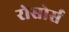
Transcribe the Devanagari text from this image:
रोसोर्स